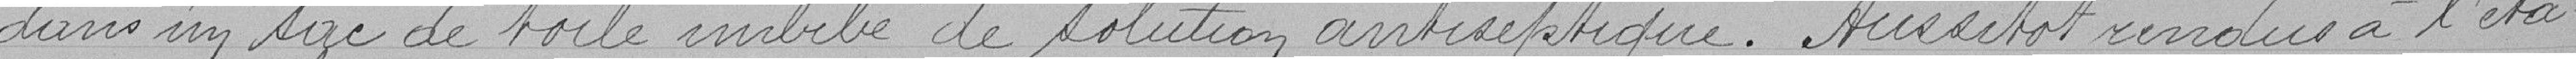
dans un sac de toile imbibé de solution antiseptique. Aussitôt rendus a l'éta-